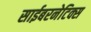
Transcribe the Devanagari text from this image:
साईबरनेटिक्स